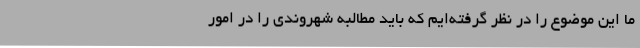
ما این موضوع را در نظر گرفته‌ایم که باید مطالبه شهروندی را در امور